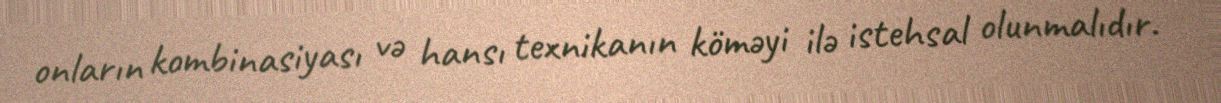
onların kombinasiyası və hansı texnikanın köməyi ilə istehsal olunmalıdır.